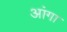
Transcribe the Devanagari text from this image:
आंगा